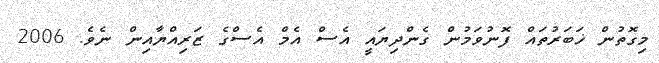
މިގޮތުން ޚަބަރުތައް ފޮނުވަމުން ގެންދިޔައީ އެސް އެމް އެސްގެ ޒަރިއްޔާއިން ނެވެ. 2006